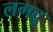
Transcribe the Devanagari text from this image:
लगदू